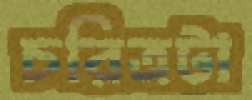
চরিত্রটা